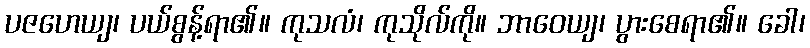
ပဇဟေယျ၊ ပယ်စွန့်ရာ၏။ ကုသလံ၊ ကုသိုလ်ကို။ ဘာဝေယျ၊ ပွားစေရာ၏။ ခေါ၊